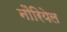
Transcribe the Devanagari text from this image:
नौरियेल